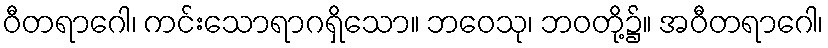
ဝီတရာဂေါ၊ ကင်းသောရာဂရှိသော။ ဘဝေသု၊ ဘဝတို့၌။ အဝီတရာဂေါ၊